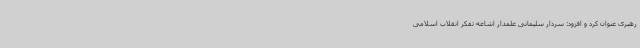
رهبری عنوان کرد و افزود: سردار سلیمانی علمدار اشاعه تفکر انقلاب اسلامی